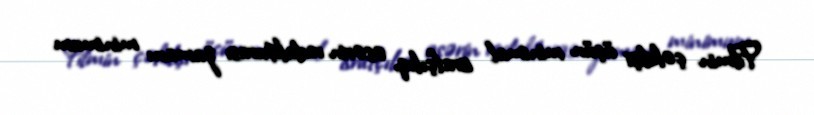
Filmin çəkilişi üçün minimal israfçılıq, əsərin redakturası zamanı minimum